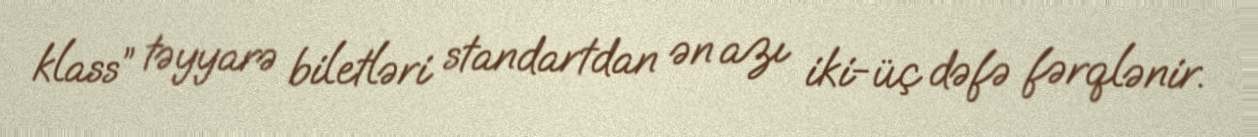
klass” təyyarə biletləri standartdan ən azı iki-üç dəfə fərqlənir.